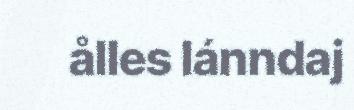
ålles lánndaj